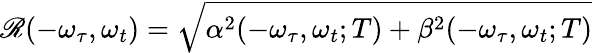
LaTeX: \mathscr{R}(-\omega_{\tau},\omega_{t})=\sqrt{\alpha^{2}(-\omega_{\tau},\omega_{t};T)+\beta^{2}(-\omega_{\tau},\omega_{t};T)}